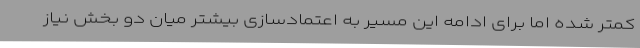
کمتر شده اما برای ادامه این مسیر به اعتمادسازی بیشتر میان دو بخش نیاز